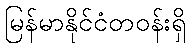
မြန်မာနိုင်ငံတဝန်းရှိ